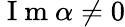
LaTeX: \mathrm{~I~m~}\alpha\neq 0